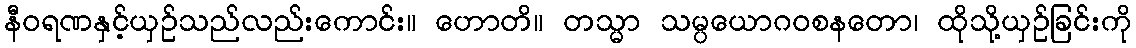
နီဝရဏနှင့်ယှဉ်သည်လည်းကောင်း။ ဟောတိ။ တသ္မာ သမ္ပယောဂဝစနတော၊ ထိုသို့ယှဉ်ခြင်းကို